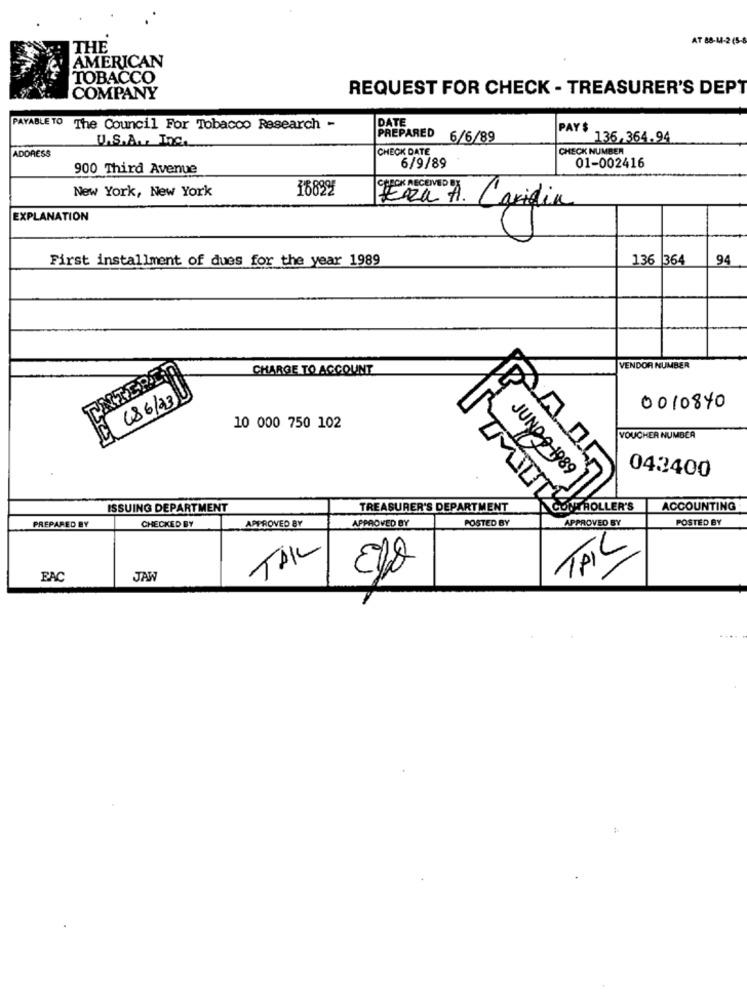
AT 88-14-2 (5-
THE
AMERICAN
TOBACCO
REQUEST FOR CHECK - TREASURER'S DEPT
COMPANY
PAYABLE TO The Council For Tobacco Research -
DATE
PREPARED
PAY $
U.S.A ., Inc ..
6/6/89
136,364.94
CHECK DATE
CHECK NUMBER
ADDRESS
900 Third Avenue
6/9/89
01-002416
New York, New York
1682%
BECK RECEIVED
ERA A. Caridia
EXPLANATION
First installment of dues for the year 1989
136 364
94
TINTEPSI
CHARGE TO ACCOUNT
VENDOR NUMBER
(86/23)
0010840
10 000 750 102
VOUCHER NUMBER
043400
JUNO-9-1989
ISSUING DEPARTMENT
TREASURER'S DEPARTMENT
CONTROLLER'S
ACCOUNTING
CHECKED BY
APPROVED BY
APPROVED BY
POSTED BY
APPROVED BY
POSTED BY
PREPARED BY
TAIL
FAC
JAW
THIS